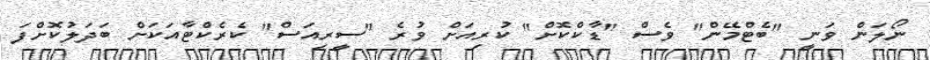
ނޯލަން ވަނީ "ބެޓްމޭން" ވެސް "ޑާކްކޮށް" ކުރިއަށް ވުރެ "ސީރިއަސް" ކެރެކްޓާއަކަށް ބަދަލުކޮށްފަ